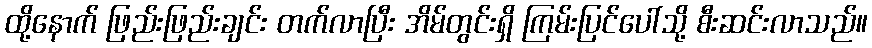
ထို့နောက် ဖြည်းဖြည်းချင်း တက်လာပြီး အိမ်တွင်းရှိ ကြမ်းပြင်ပေါ်သို့ စီးဆင်းလာသည်။